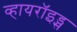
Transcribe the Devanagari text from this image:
व्हायरॉइड्स